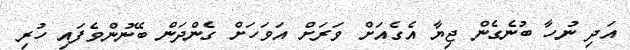
އަދި ނުހާ ބުނެގެން ޖިޔާ އެގެއަށް ވަރަށް އަވަހަށް ގެންދަން ބޭނުންވެފައި ހުރި